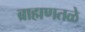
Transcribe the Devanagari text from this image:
ब्राह्मणतळे